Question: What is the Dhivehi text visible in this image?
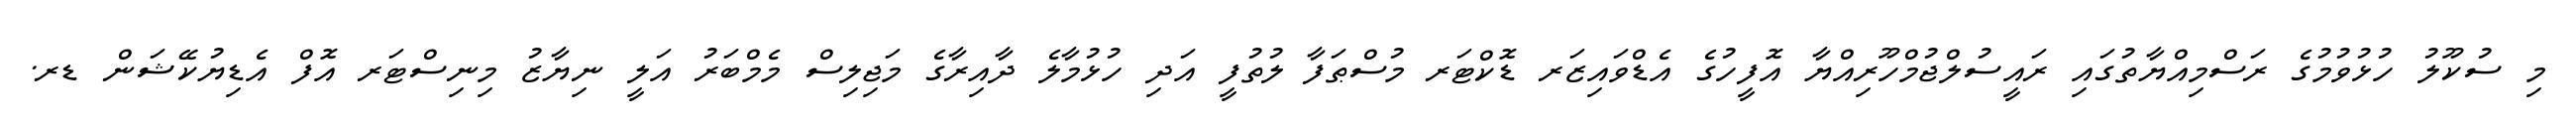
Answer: މި ސުކޫލު ހުޅުވުމުގެ ރަސްމިއްޔާތުގައި ރައީސުލްޖުމްހޫރިއްޔާ އޮފީހުގެ އެޑްވައިޒަރ ޑޮކްޓަރ މުސްޠަފާ ލުތުފީ އަދި ހުޅުމާލެ ދާއިރާގެ މަޖިލިސް މެމްބަރު އަލީ ނިޔާޒު މިނިސްޓަރ އޮފް އެޑިޔުކޭޝަން ޑރ.